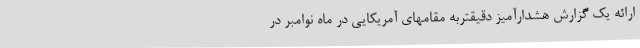
ارائه یک گزارش هشدارآمیز دقیقتربه مقامهای آمریکایی در ماه نوامبر در